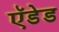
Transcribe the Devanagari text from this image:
ऍडेड